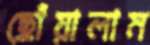
ছোঁয়ালাম